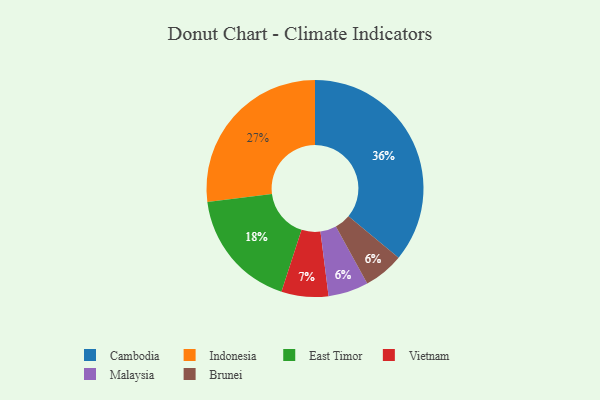
{"axis": {"x": "Category", "y": "Percentage"}, "legend": ["Brunei", "Cambodia", "East Timor", "Indonesia", "Malaysia", "Vietnam"], "data": [{"x": "Cambodia", "y": 36, "type": "Cambodia"}, {"x": "Malaysia", "y": 6, "type": "Malaysia"}, {"x": "Brunei", "y": 6, "type": "Brunei"}, {"x": "Vietnam", "y": 7, "type": "Vietnam"}, {"x": "Indonesia", "y": 27, "type": "Indonesia"}, {"x": "East Timor", "y": 18, "type": "East Timor"}]}